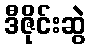
ဒီဇိုင်းဆွဲ